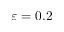
\varepsilon = 0 . 2